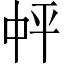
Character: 𪜉